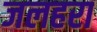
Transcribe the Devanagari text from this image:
जलहरा